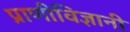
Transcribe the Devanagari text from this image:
प्राणीविज्ञानी